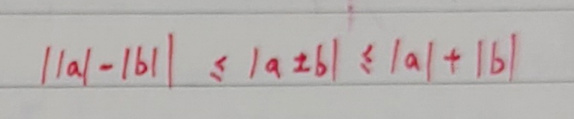
$\left\vert \vert a\vert - \vert b\vert\right\vert \leq \vert a \pm b\vert \leq \vert a\vert + \vert b\vert$